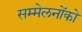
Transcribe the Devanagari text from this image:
सम्मेलनोंको